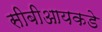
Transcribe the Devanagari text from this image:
सीबीआयकडे